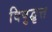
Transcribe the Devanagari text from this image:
विषुद्वृत्त